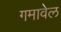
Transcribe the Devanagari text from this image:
गमावेल